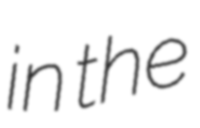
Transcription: in the